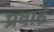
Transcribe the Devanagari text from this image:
प्रवाहें